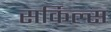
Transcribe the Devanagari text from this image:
सर्किल्स